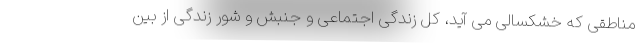
مناطقی که خشکسالی می آید، کل زندگی اجتماعی و جنبش و شور زندگی از بین